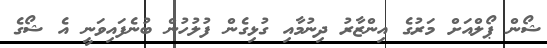
ޝޯން ޕޯލްއަށް މަރުގެ އިންޒާރު ދިނުމާއި ގުޅިގެން ފުލުހުން ބުނެފައިވަނީ އެ ޝޯގެ